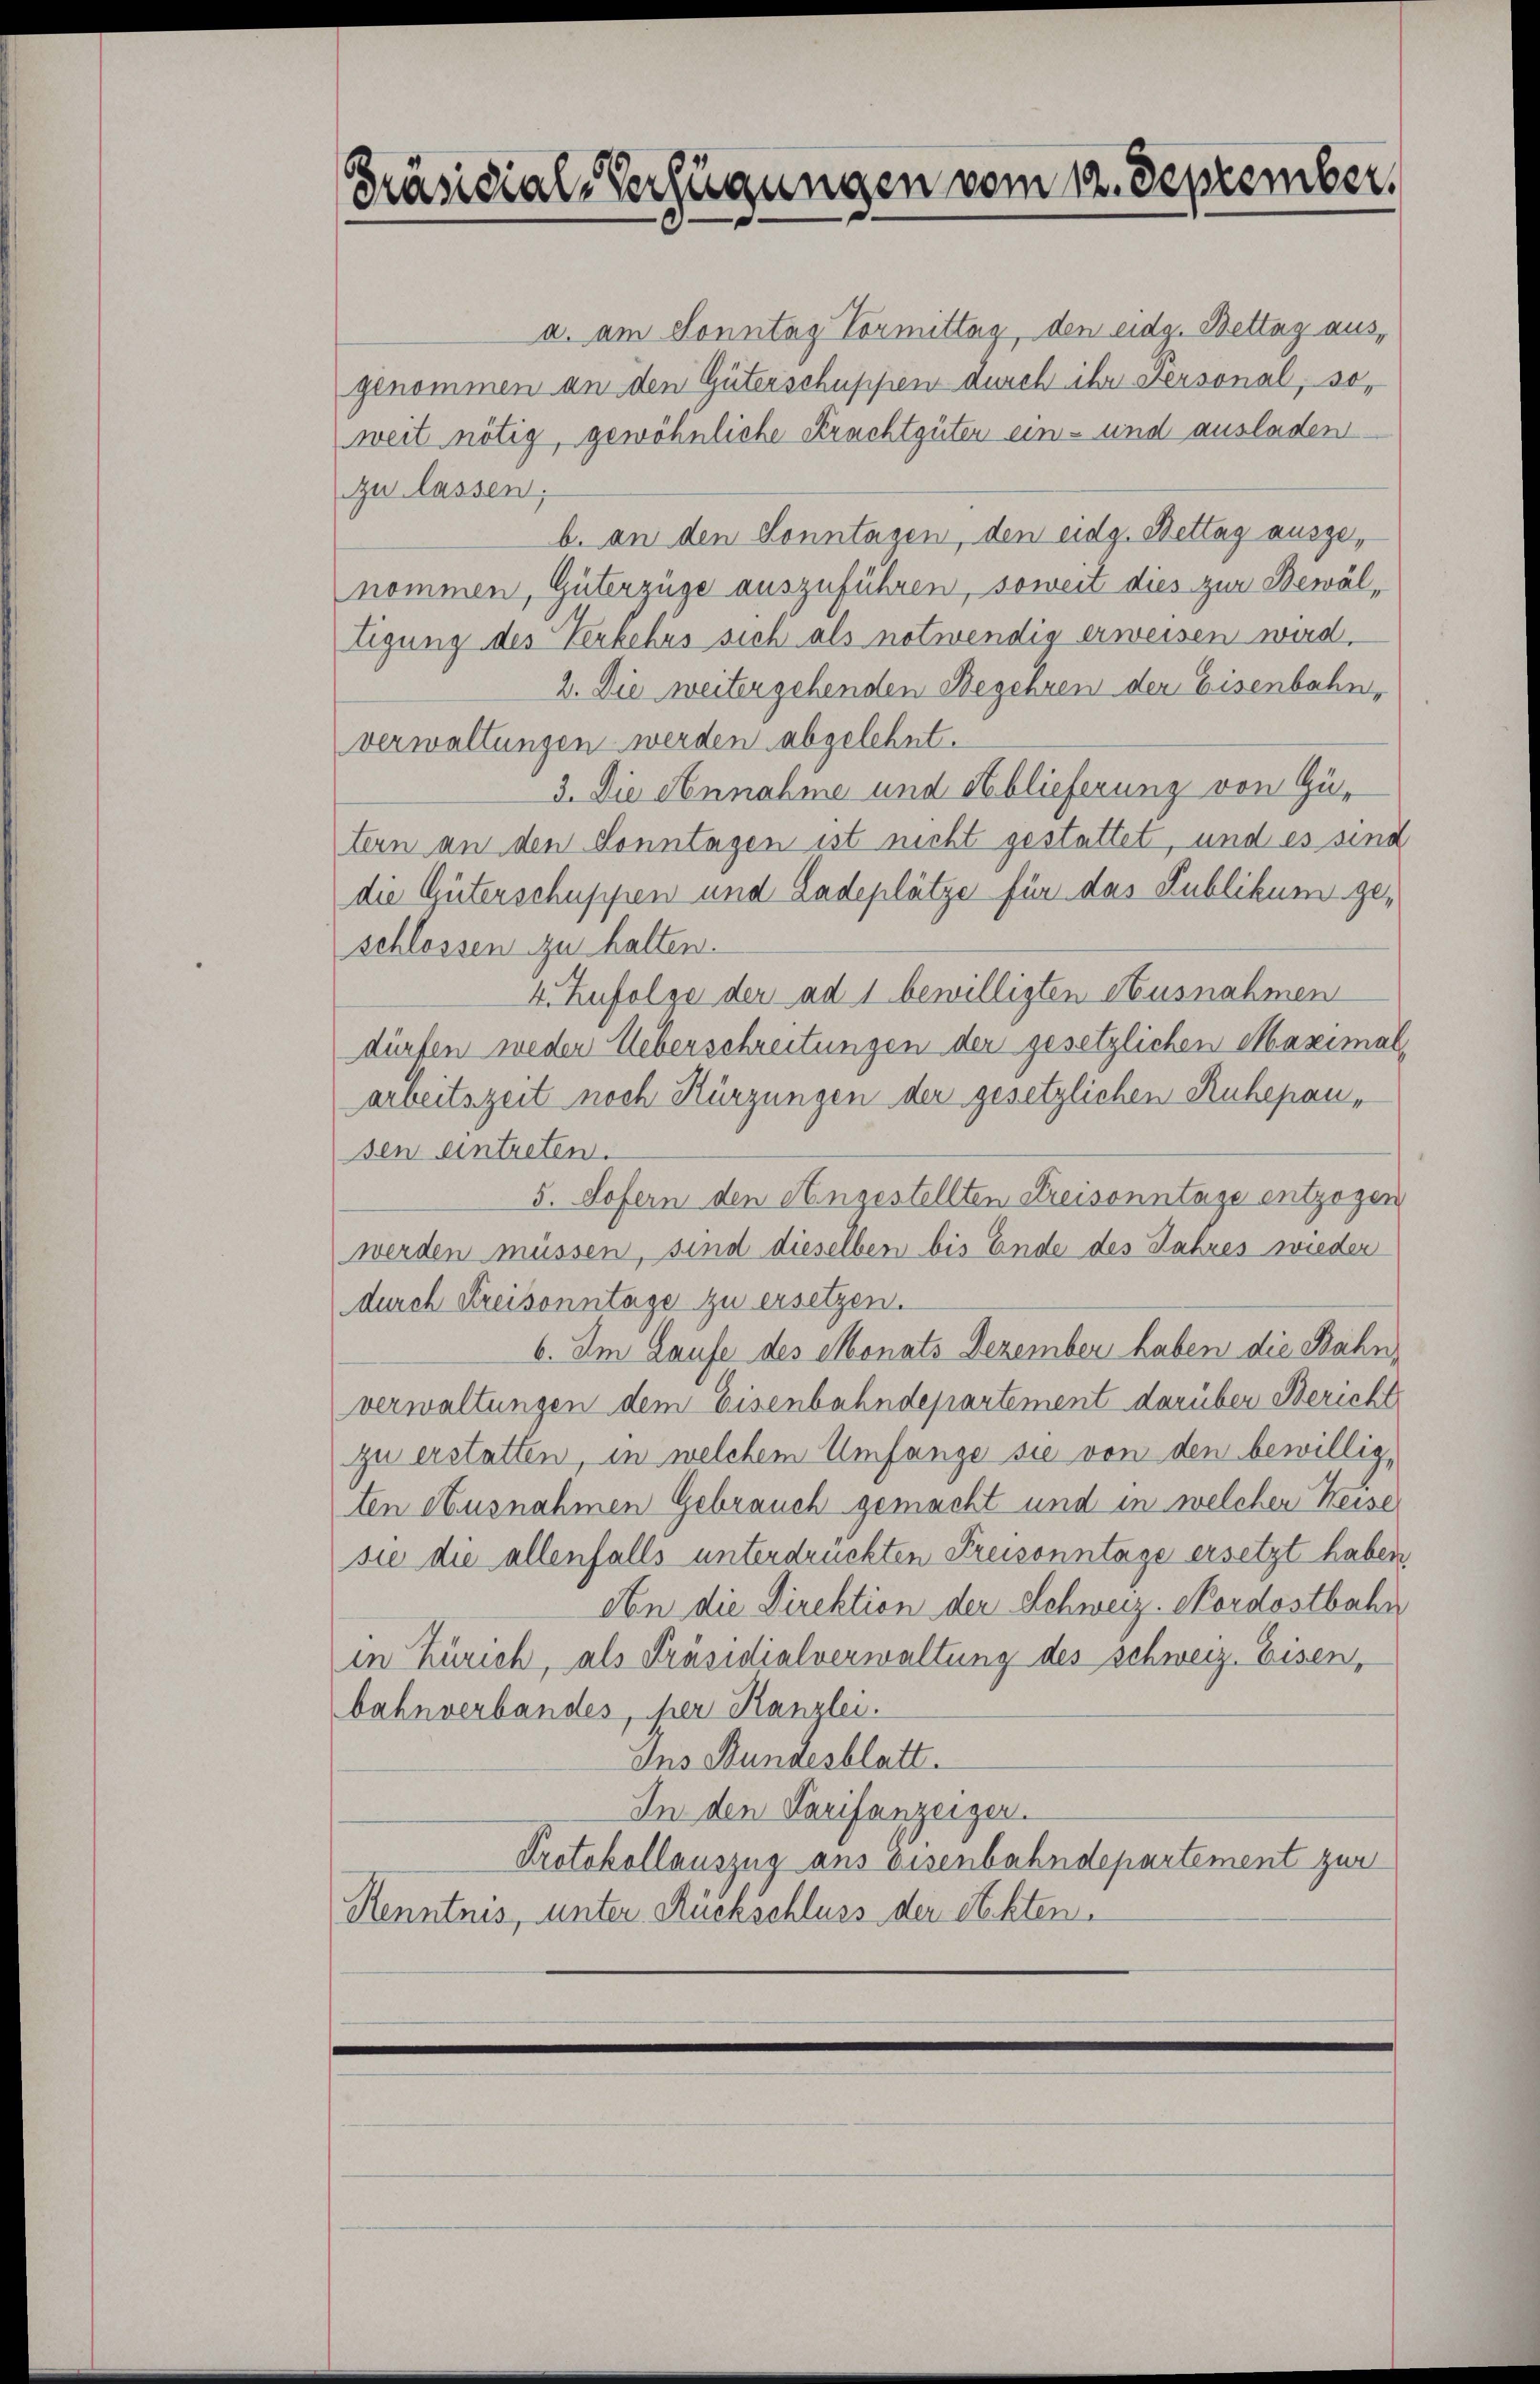
Präsidial-Verfügungen vom 12. September.

a. am Sonntag Vormittag, den eidg. Bettag ausgenommen an den Güterschuppen durch ihr Personal, soweit nötig, gewöhnliche Krachtgüter ein- und ausladen
zu lassen;
b. an den Sonntagen, den eidg. Bettag auszunommen, Güterzüge auszuführen, soweit dies zur Bewältigung des Verkehrs sich als notwendig erweisen wird.
2. Die weiter gehenden Begehren der Eisenbahn,
verwaltungen werden abgelehnt.
3. Die Annahme und Ablieferung von Gütern an den Sonntagen ist nicht gestattet, und es sind
die Güterschuppen und Ladeplätze für das Publikum geschlossen zu halten.
4. Zufolge der ad 1 bewilligten Ausnahmen
dürfen weder Ueberschreitungen der gesetzlichen Maximalarbeitszeit noch Kürzungen der gesetzlichen Ruhepausen eintreten.
5. Sofern den Angestellten Kreisonntage entzogen
werden müssen, sind dieselben bis Ende des Jahres wieder
durch Kreisonntage zu ersetzen.
6. Im Laufe des Monats Dezember haben die Bahn,
verwaltungen dem Eisenbahndepartement darüber Bericht
zu erstatten, in welchem Umfange sie von den bewilligten Ausnahmen Gebrauch gemacht und in welchen Keise
sie die allenfalls unterdrückten Preisonntage ersetzt haben.
An die Direktion der Schweiz. Nordostbahn
in Zürich, als Präsidialverwaltung des Schweiz. Eisen,
bahnverbandes, per Kanzlei.
Ins Bundesblatt.
In den Tarifanzeiger.
Protokollauszug aus Eisenbahndepartement zur
Renntnis, unter Rückschluss der Steckten.